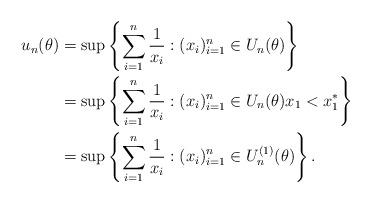
LaTeX: \begin{align*}u_n(\theta) & = \sup \left\{ \sum_{i=1}^n \frac{1}{x_i} : (x_i)_{i=1}^n \in U_n(\theta) \right\} \\& = \sup \left\{ \sum_{i=1}^n \frac{1}{x_i} : (x_i)_{i=1}^n \in U_n(\theta) x_1 < x_1^* \right\} \\ & = \sup \left\{ \sum_{i=1}^n \frac{1}{x_i} : (x_i)_{i=1}^n \in U_n^{(1)}(\theta) \right\}.\end{align*}